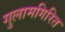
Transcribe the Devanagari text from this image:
गुलामगिरित